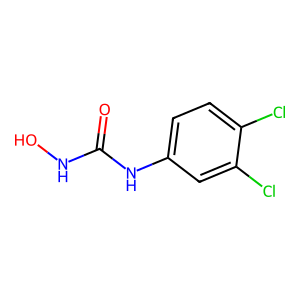
SMILES: O=C(NO)Nc1ccc(Cl)c(Cl)c1
Inhibits HIV replication: No